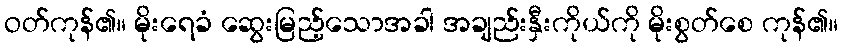
ဝတ်ကုန်၏။ မိုးရေခံ ဆွေးမြည့်သောအခါ အချည်းနှီးကိုယ်ကို မိုးစွတ်စေ ကုန်၏။